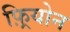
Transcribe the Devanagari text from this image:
फ़्रियोन